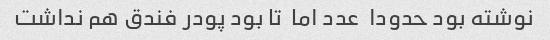
نوشته بود حدودا  عدد اما  تا بود پودر فندق هم نداشت